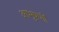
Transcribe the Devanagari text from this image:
आभुषणों